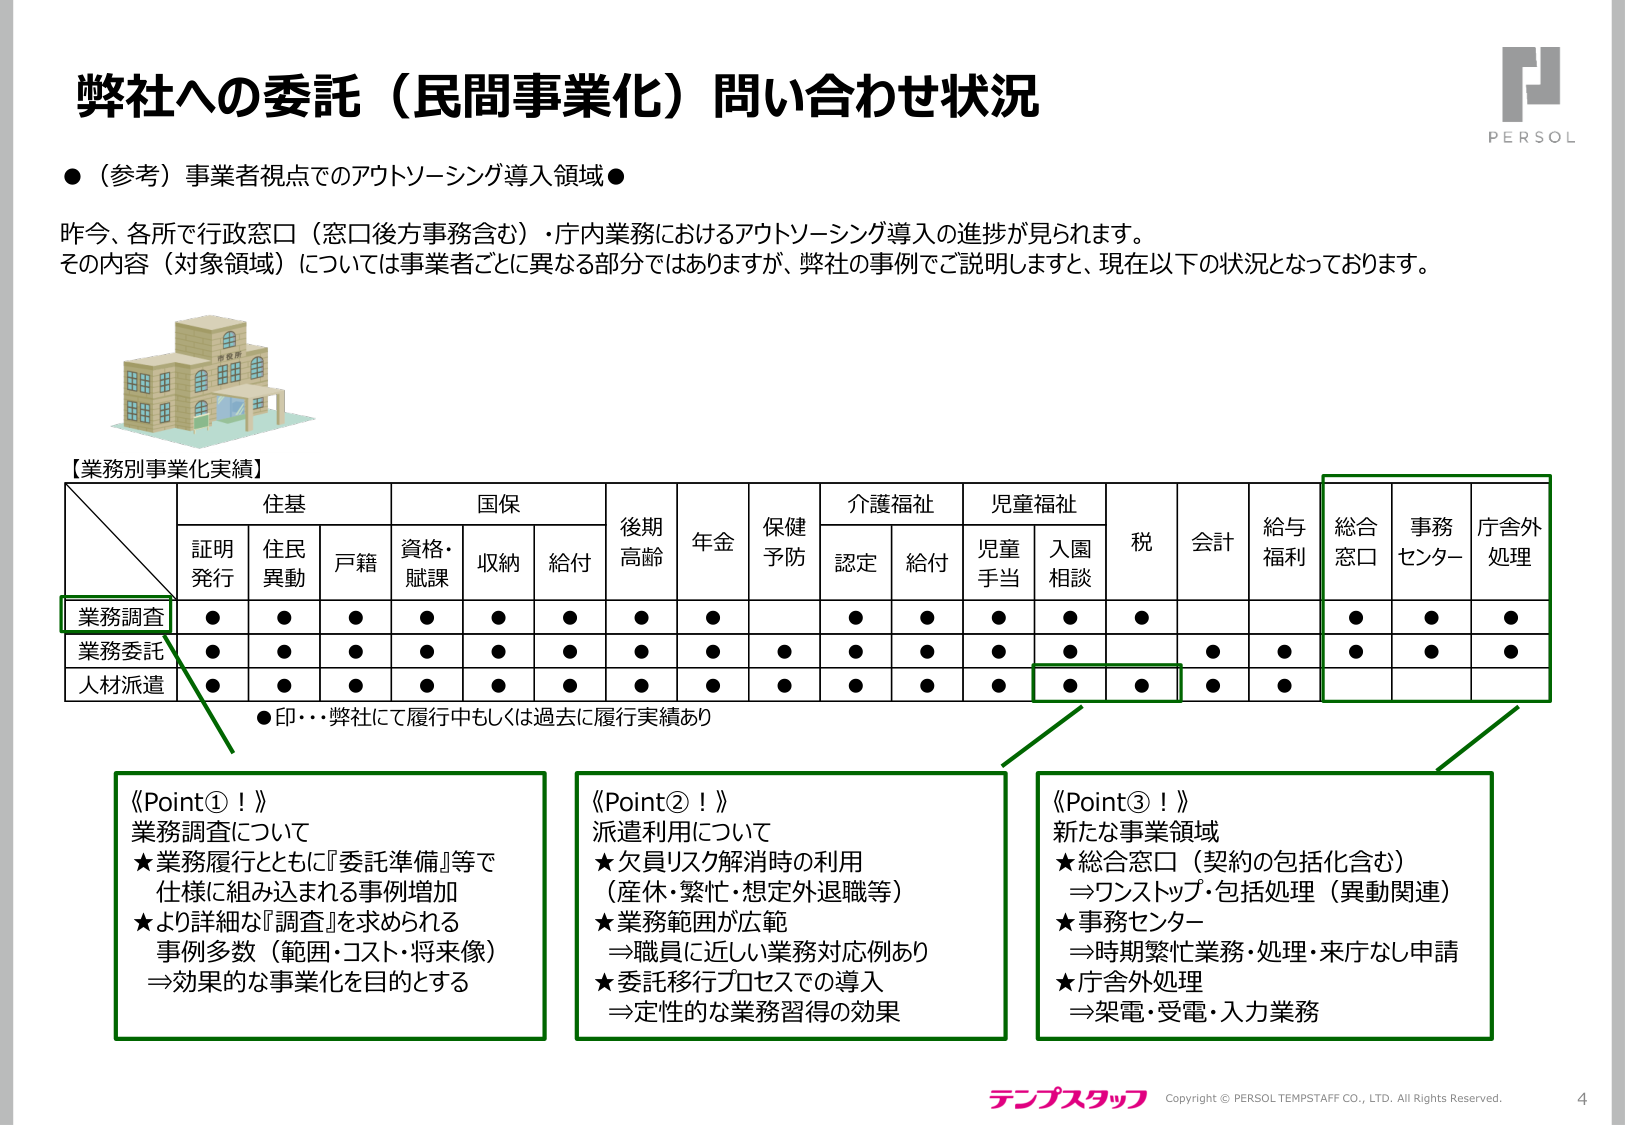
弊社への委託（民間事業化）問い合わせ状況

●（参考）事業者視点でのアウトソーシング導入領域●

昨今、各所で行政窓口（窓口後方事務含む）・庁内業務におけるアウトソーシング導入の進捗が見られます。
その内容（対象領域）については事業者ごとに異なる部分ではありますが、弊社の事例でご説明しますと、現在以下の状況となっております。

【業務別事業化実績】

　　　　　　　　　　住基　　　　　　　　国保